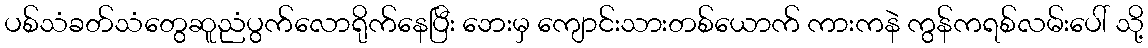
ပစ်သံခတ်သံတွေဆူညံပွက်လောရိုက်နေပြီး ဘေးမှ ကျောင်းသားတစ်ယောက် ကားကနဲ ကွန်ကရစ်လမ်းပေါ် သို့